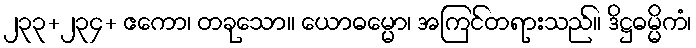
၂၃၃+၂၃၄+ ဧကော၊ တခုသော။ ယောဓမ္မော၊ အကြင်တရားသည်။ ဒိဋ္ဌဓမ္မိကံ၊